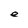
Character: e